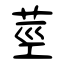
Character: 莖